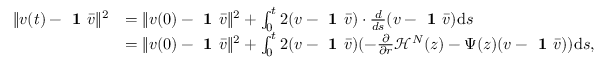
\begin{array} { r l } { \| v ( t ) - \textbf { 1 } \bar { v } \| ^ { 2 } } & { = \| v ( 0 ) - \textbf { 1 } \bar { v } \| ^ { 2 } + \int _ { 0 } ^ { t } 2 ( v - \textbf { 1 } \bar { v } ) \cdot \frac { d } { d s } ( v - \textbf { 1 } \bar { v } ) \mathrm d s } \\ & { = \| v ( 0 ) - \textbf { 1 } \bar { v } \| ^ { 2 } + \int _ { 0 } ^ { t } 2 ( v - \textbf { 1 } \bar { v } ) ( - \frac { \partial } { \partial r } \mathcal H ^ { N } ( z ) - \Psi ( z ) ( v - \textbf { 1 } \bar { v } ) ) \mathrm d s , } \end{array}